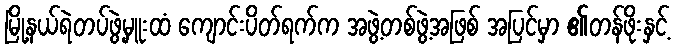
မြို့နယ်ရဲတပ်ဖွဲ့မှူးထံ ကျောင်းပိတ်ရက်က အဖွဲ့တစ်ဖွဲ့အဖြစ် အပြင်မှာ ၏တန်ဖိုးနှင့်